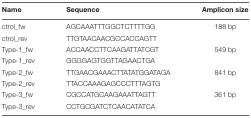
| Name | Sequence | Amplicon size |
 | --- | --- | --- |
 | ctrol_fw | AGCAAATTTGGCTCTTTTGG | 188 bp |
 | ctrol_rev | TTGTAACAACGCCACCAGTT |  |
 | Type-1_fw | ACCAACCTTCAAGATTATCGT | 549 bp |
 | Type-1_rev | GGGGAGTGGTTAGAACTGA |  |
 | Type-2_fw | TTGAACGAAACTTATATGGATAGA | 841 bp |
 | Type-2_rev | TTACCAAAGAGCCCTTTAGTG |  |
 | Type-3_fw | CGCCATGCAAGAAATTAGTT | 361 bp |
 | Type-3_rev | CCTGCGATCTCAACATATCA |  |